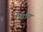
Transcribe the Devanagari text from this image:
१९७९या